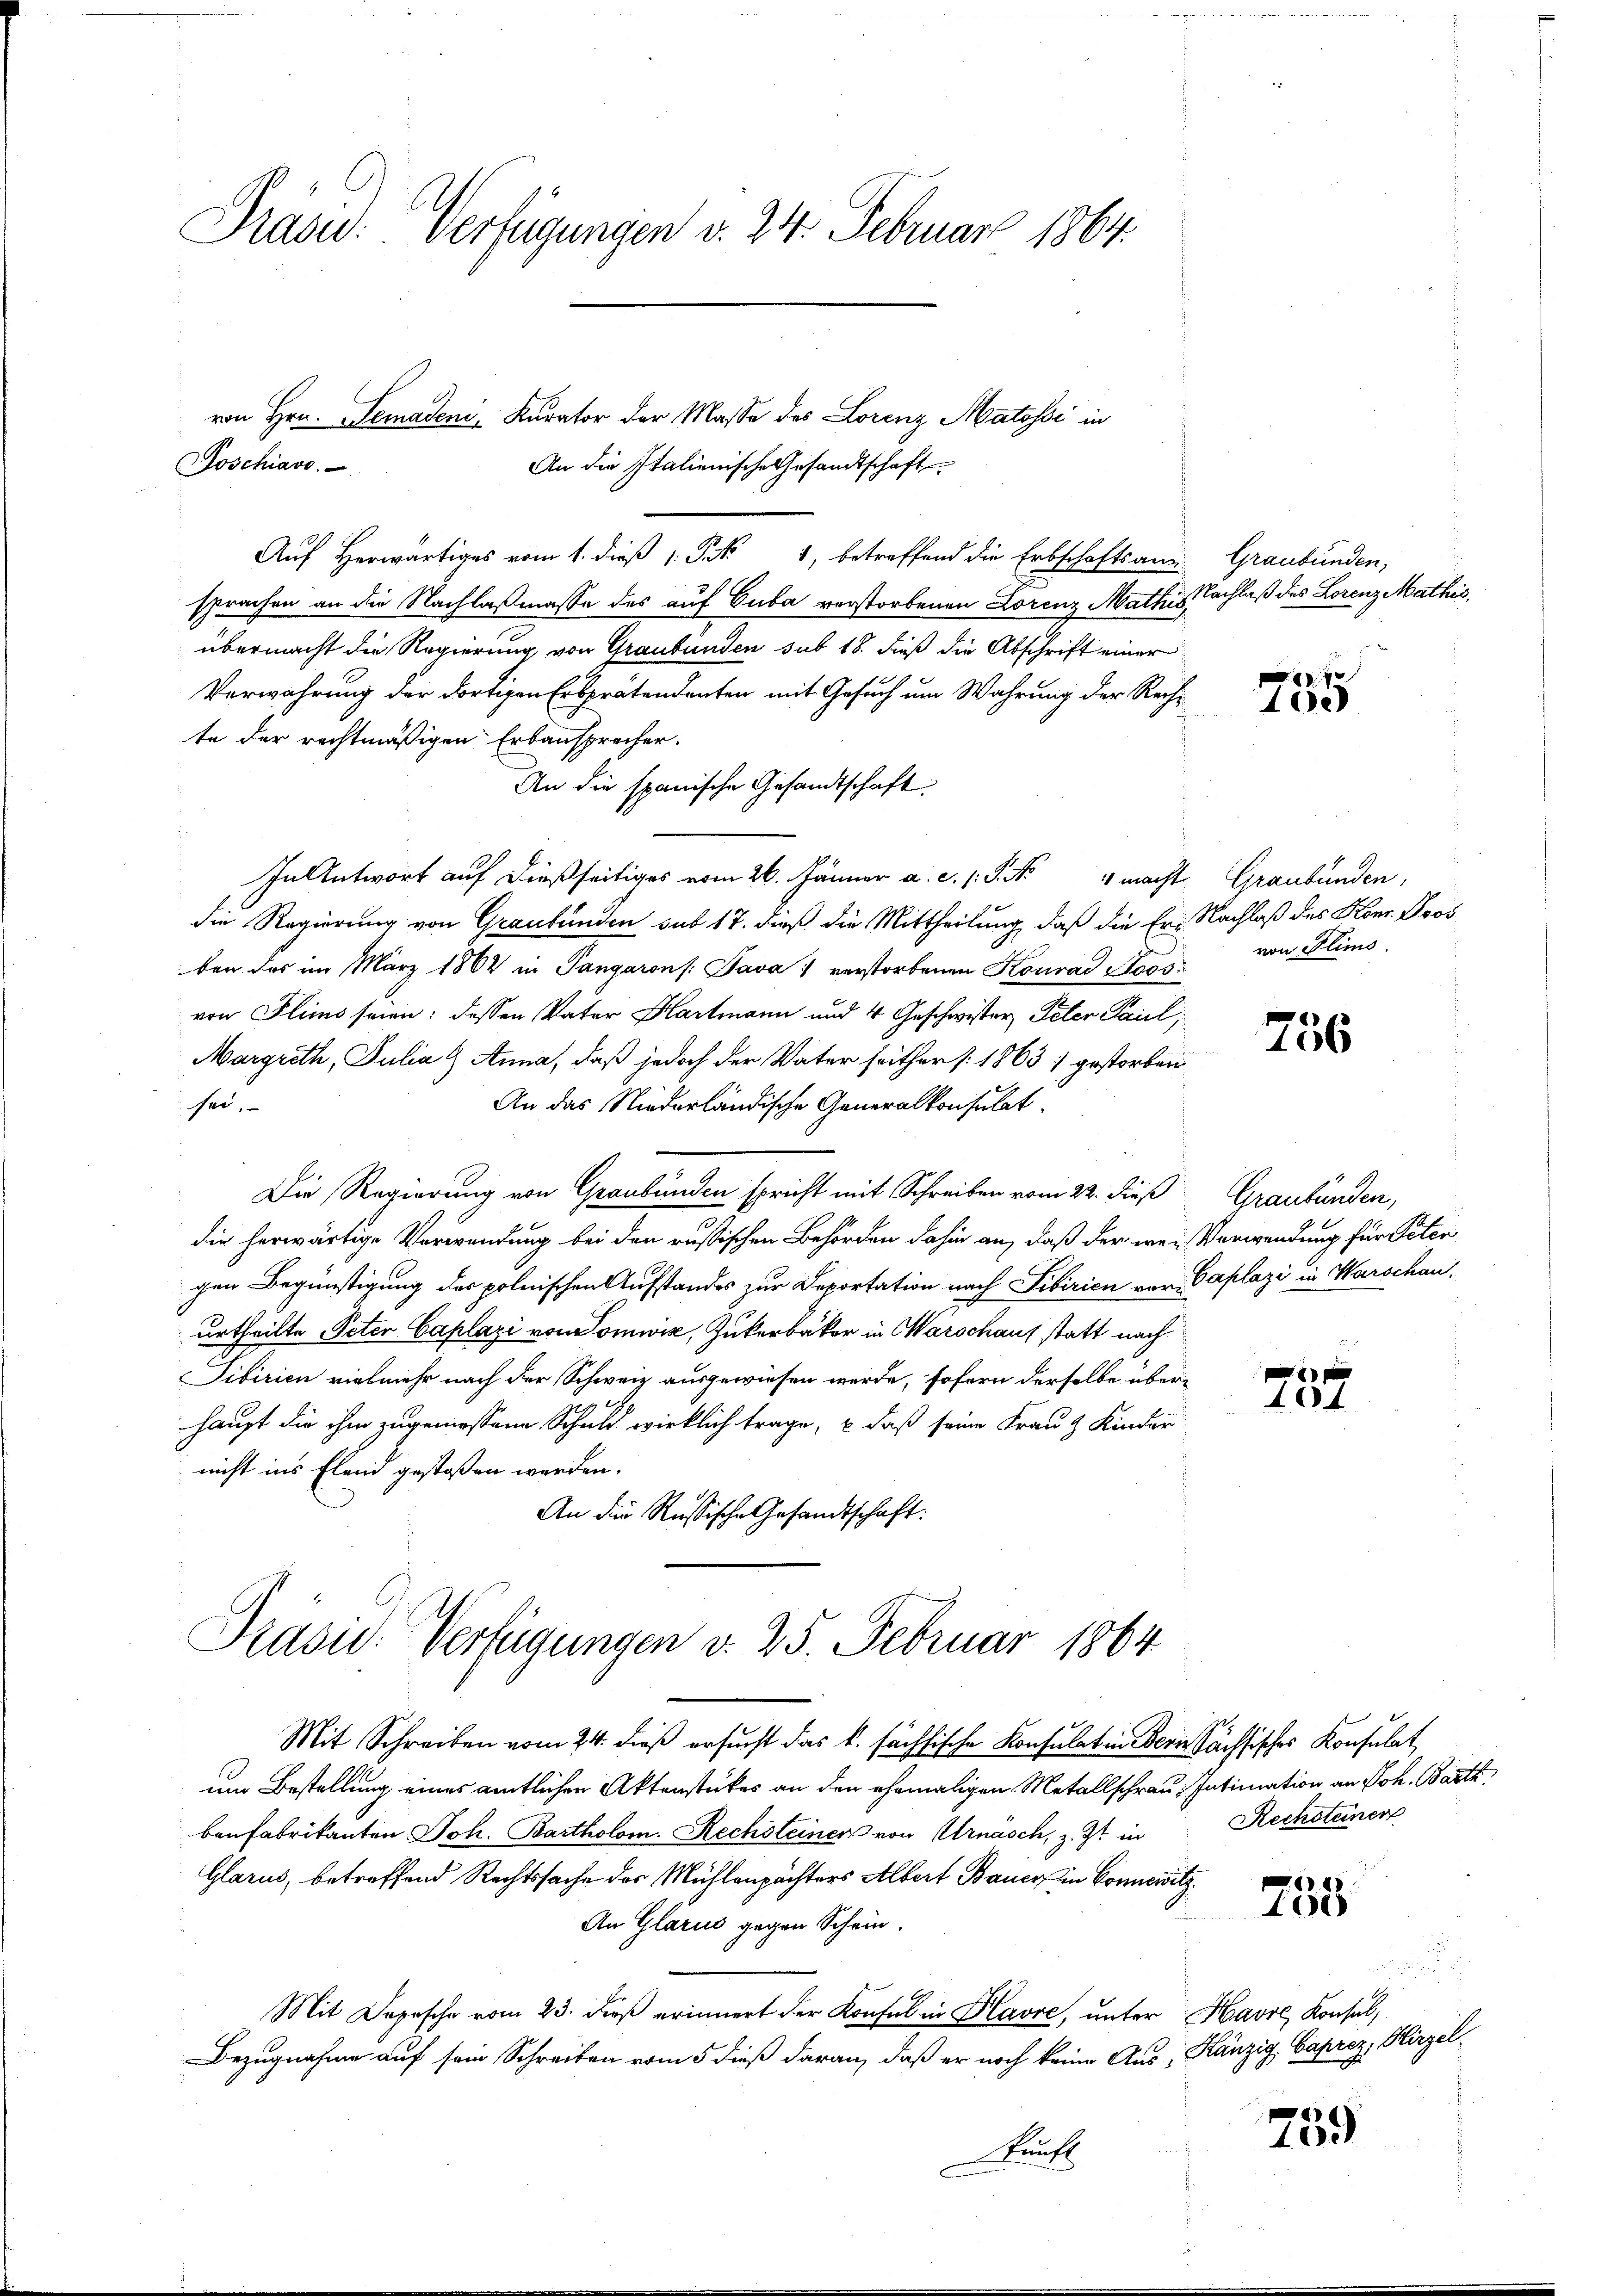
Präsid. Verfügungen v. 24. Februar 1864.

Auf Herwärtiges vom 1. dieß 1 S. 4, betreffend die Erbschaftsans Graubünden,
sprachen an die Nachlaßmasse des auf Cuba verstorbenen Lorenz Mathis
übermacht die Regierung von Graubünden sub 18. dieß die Abschrift einer
Verwahrung der dortigen Erbprätendenten mit Gesuch um Wahrung der Rech-
te der rechtmäßigen Erbansprecher.
An die spanische Gesandtschaft:
In Antwort auf dießseitiges vom 26. Jänner a. c. s. S. Nr. 4 macht Graubünden,
die Regierung von Graubünden sub 17. dieß die Mittheilung, daß die Er. Nachlaß des Konr. Boos
ben das im März 1864 in Pangarons: Java verstorbenen Konrad Stoos
von Flims seien: dessen Vater Hartmann und 4 Geschwister Peter Paul,
Margreth, Julia Anna, daß jedoch der Vater seither [1863 ; gestorben
sei.
An das Niederländische Generalkonsulat
Die Regierung von Graubünden spricht mit Schreiben vom 22. dieß Graubünden,
.
die herwärtige Verwendung bei den russischen Behörden dahin an, daß der wei Verwendung für Peter
gen Begünstigung des polnischen Aufstandes zur Deportation nach Sibirien von Caplazi in Warschau.
urtheilte Peten Caplazi von Somwiz, Zukerbäcker in Warschaus statt nach
Sibirien vielmehr nach der Schweiz ausgewiesen werde, sofern derselbe überhaupt die ihm zugemessene Schuld wirklich trage, u. daß seine Frau & Kinder
nicht ins Elend gestoßen werden.
An die Russische Gesandtschaft:
Präsid. Verfügungen d. 25. Februar 1864
Mit Schreiben vom 24. dieß ersucht das k. sächsische Konsulat in Bern Sächsisches Konsulat
um Bestellung eines amtlichen Aktenstückes an den ehemaligen Metallschrau. Intimation an Joh. Barth
benfabrikanten Joh. Bartholom. Rechsteiner von Urnäsch, z. Zt. in Rechsteiner
Glarus, betreffend Rechtssache des Mühlenpächters Albert Bauer in Conciatz
An Glarus gegen Schein.
1 x
Mit Depesche vom 23. dieß erinnert der Konsul in Havre, unter Havre, Konsul,
Bezugnahme auf sein Schreiben vom 5 dieß daran, daß er noch keine Aus, Känzig, Caprez, Hirzel¬
Kunst

von Hrn. Semadeni, Kurator der Masse des Lorenz Matossi in
Joschiavo

An die Italienische Gesandtschaft

Nachlaß des Lorenz Mathis

1
100

von Flims.

756

e
104.

255

759